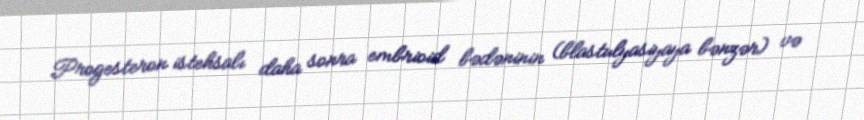
Progesteron istehsalı daha sonra embrioid bədəninin (blastulyasiyaya bənzər) və